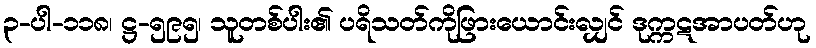
၃-ပါ-၁၁၈၊ ဋ္ဌ-၅၉၅၊ သူတစ်ပါး၏ ပရိသတ်ကိုဖြားယောင်းလျှင် ဒုက္ကဋအာပတ်ဟု